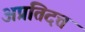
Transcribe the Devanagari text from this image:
अप्रतिदत्त